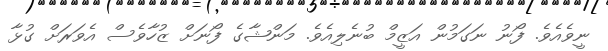
ނީވެއެވެ. ފޯނު ނަގަމުން އަޒީމް ބުނެލިއެވެ. މަންޝާގެ ފޯނަށް ޒުހާވެސް އެވަރަށް ގުޅާ